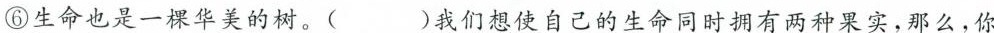
⑥生命也是一棵华美的树。()我们想使自己的生命同时拥有两种果实，那么，你()要允许别人的枝条伸到自己的世界里，同时，你也要学会将自己的成果奉献到别人面前。1.给下列加点的字注音。(2分)姹()紫嫣()红五彩缤()纷()2.联系上下文，解释词语。(4分)(1)悄无声息：_(2)体无完肤：_3.在第⑥段中，结合上下文猜猜西家的主人会怎么说，并填在文中的横线上。(2分)4.请在文中括号里填入恰当的关联词语。(2分)5.用简练的语言概括第④和⑤自然段的意思。(3分)第④段：_第⑤段：_6.画线的句子是对人物的什么描写?从这话中，你体会到了什么?(2分)